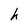
Character: h